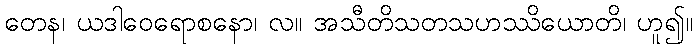
တေန၊ ယဒါဝေရောစနော၊ လ။ အသီတိသတသဟဿိယောတိ၊ ဟူ၍။